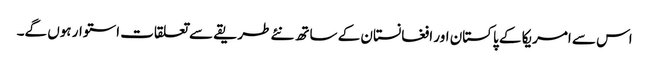
اس سے امریکا کے پاکستان اور افغانستان کے ساتھ نئے طریقے سے تعلقات استوار ہوں گے۔